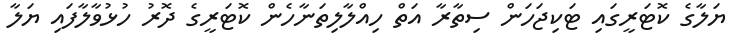
ޔަލާގެ ކޮޓަރީގައި ޓަކިޖަހަން ސިތާރާ އަތް ހިއްލާލިތަނާހެން ކޮޓަރީގެ ދޮރު ހުޅުވާލާފައި ޔަލާ